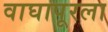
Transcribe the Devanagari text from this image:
वाघापूरला